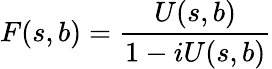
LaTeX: F(s,b)=\frac{U(s,b)}{1-iU(s,b)}